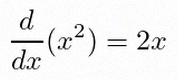
\frac{d}{dx}(x^2)=2x